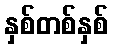
နှစ်တစ်နှစ်